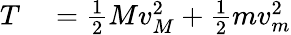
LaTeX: \begin{array}{rl}{T}&{{}={\frac{1}{2}}Mv_{M}^{2}+{\frac{1}{2}}mv_{m}^{2}}\end{array}